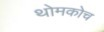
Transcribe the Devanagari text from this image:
थोमकोच